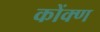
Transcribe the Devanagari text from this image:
कोंक्ण